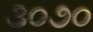
૩૦૭૦